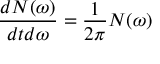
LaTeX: \frac { d N ( \omega ) } { d t d \omega } = \frac { 1 } { 2 \pi } N ( \omega )